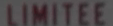
LIMITEE